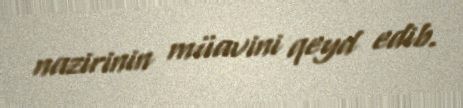
nazirinin müavini qeyd edib.